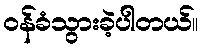
ဝန်ခံသွားခဲ့ပါတယ်။